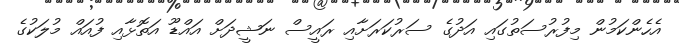
އެހެންކަމުން މިފުރުސަތުގައި އަދުގެ ސަރުކަރަށާއި ރައީސް ނަޝީދަށް އައްޑޫ އަތޮޅާއި ފުއައް މުލަކުގެ